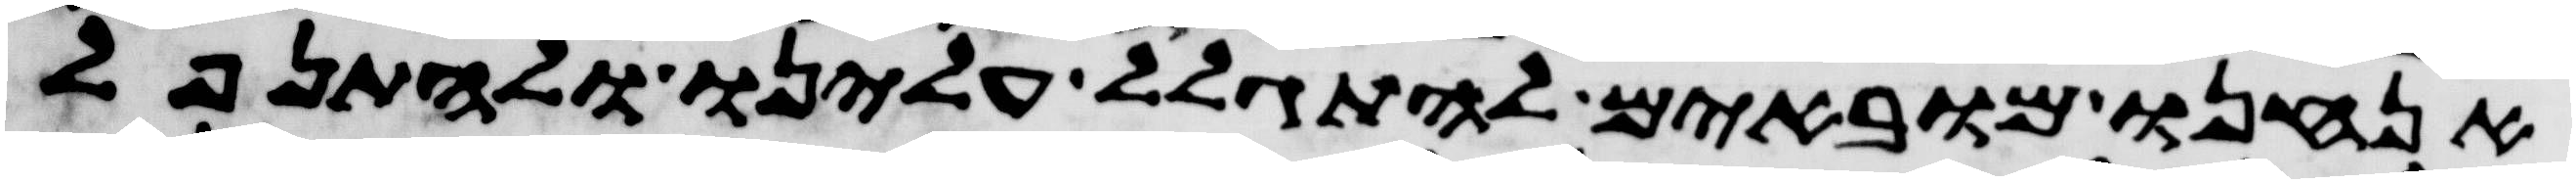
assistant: אנחנו מובאים להתגלל עלינו ולהתנפל